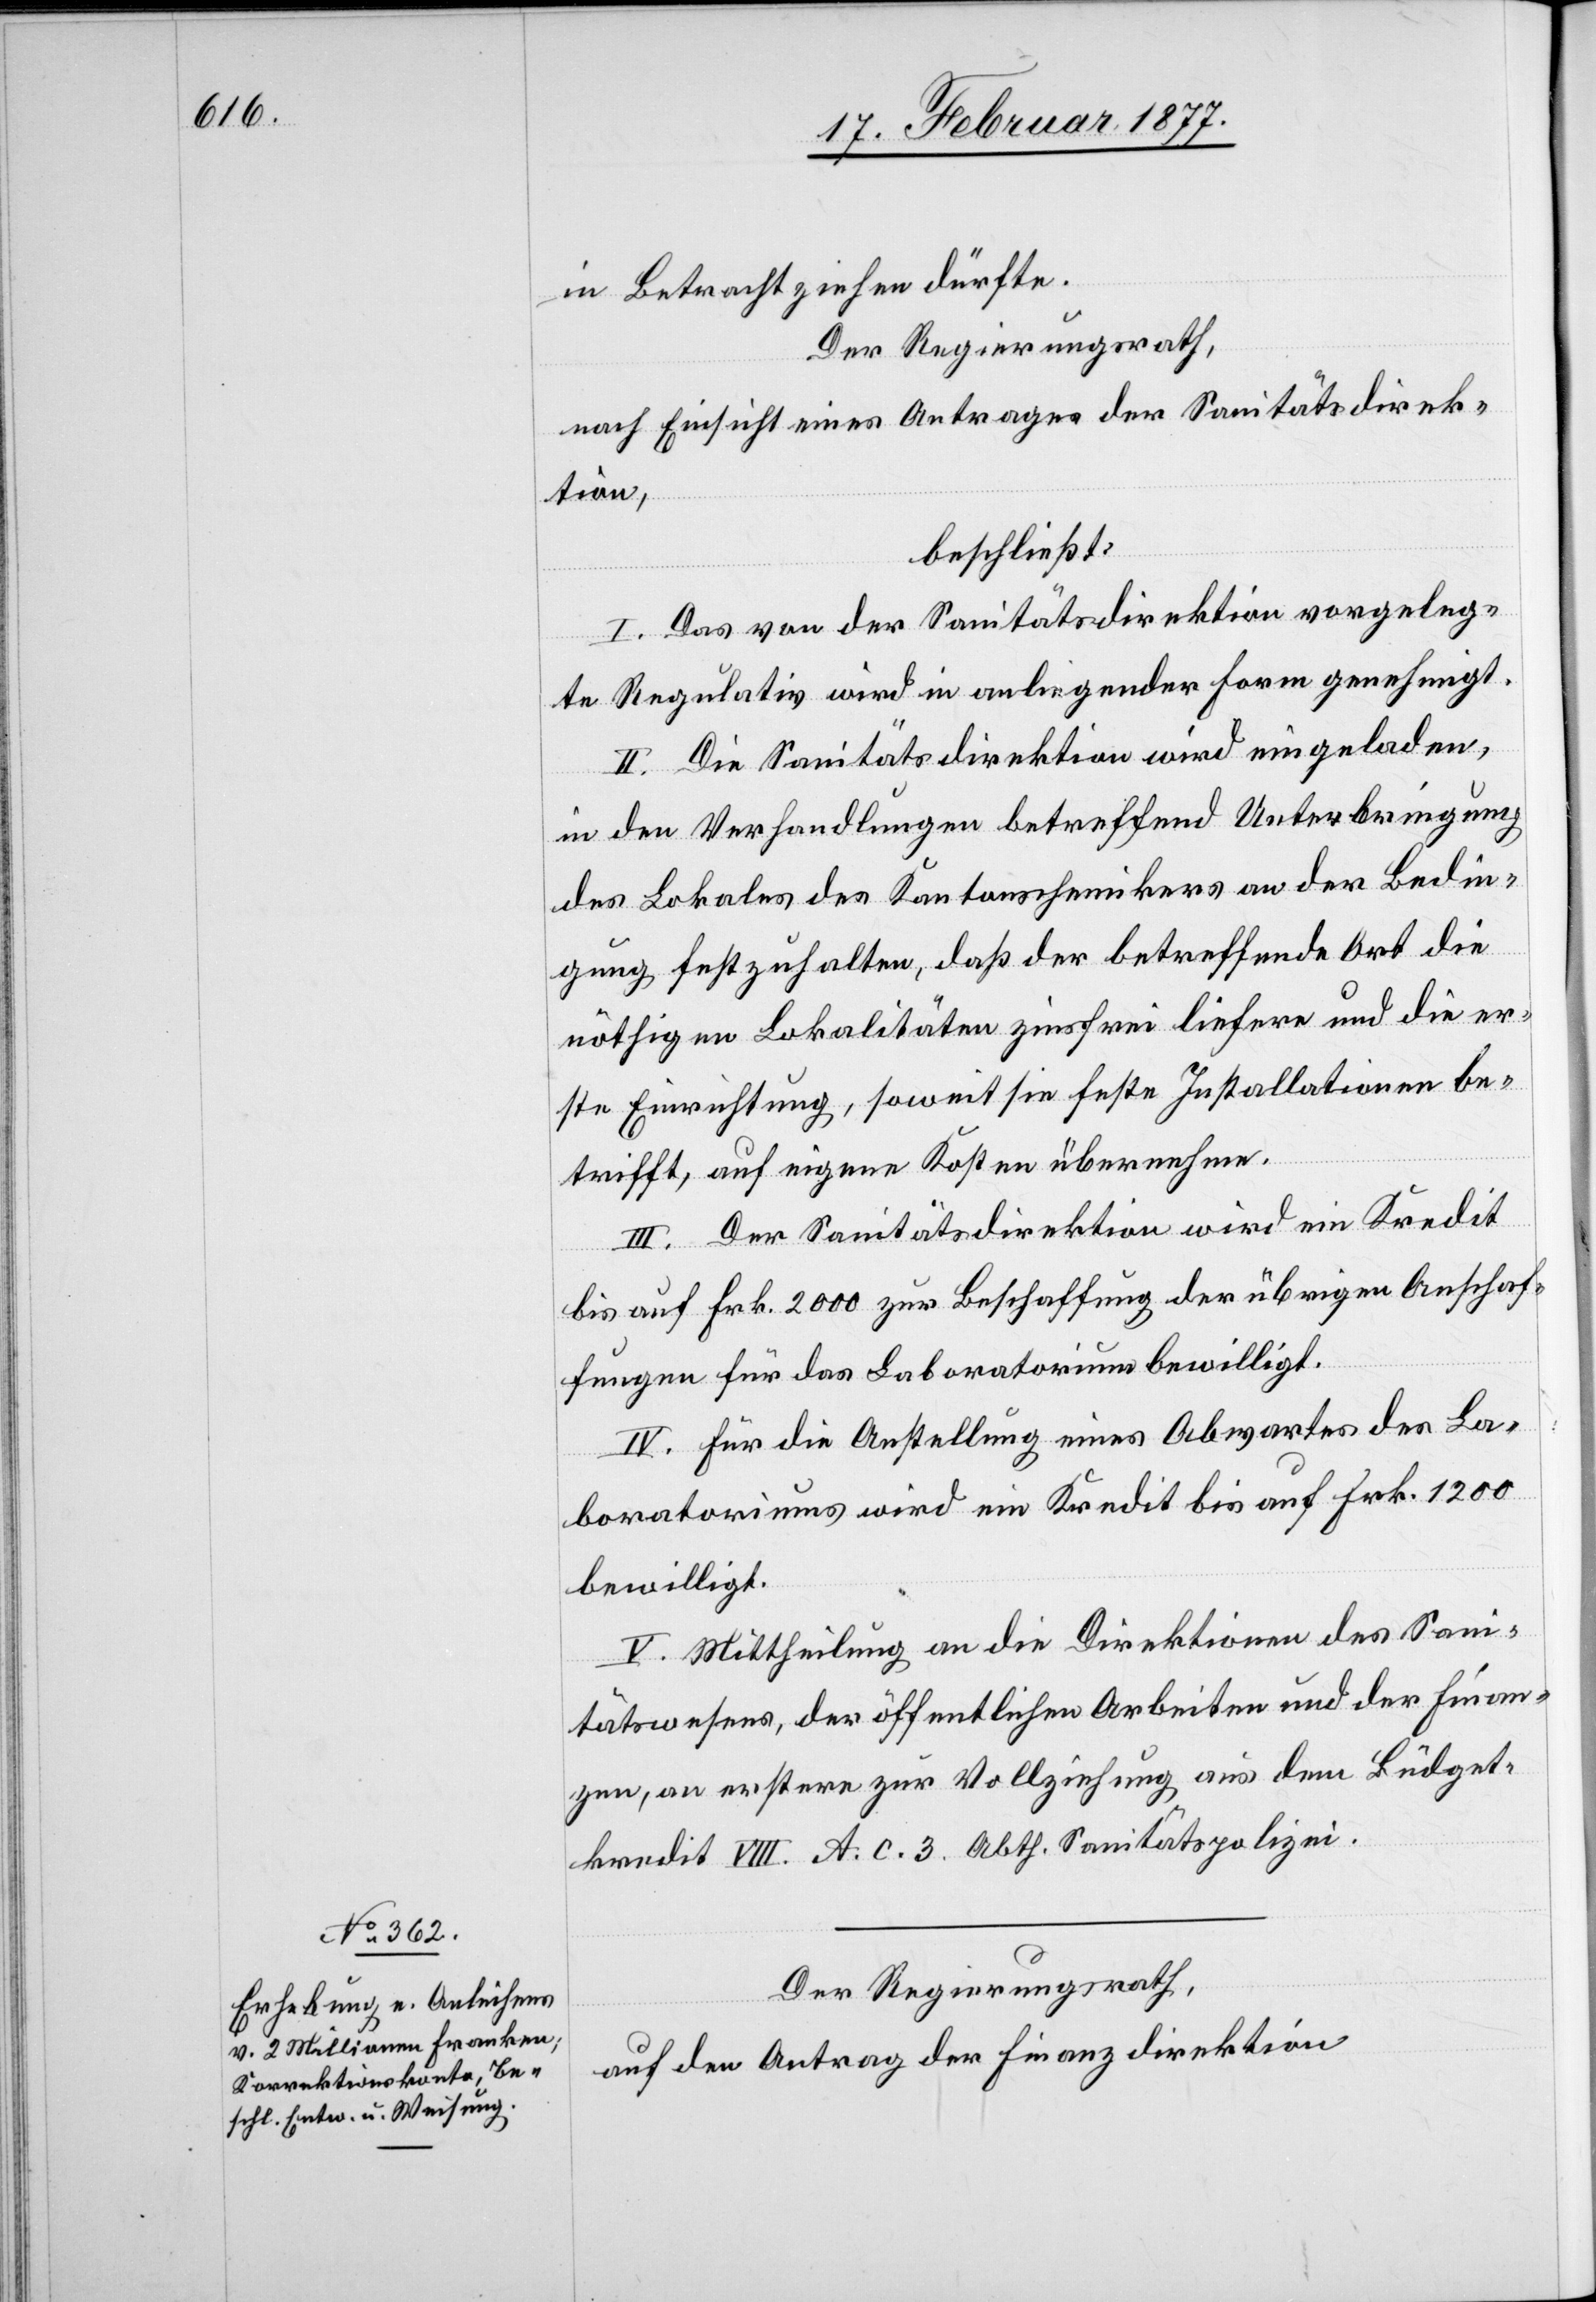
in Betracht ziehen dürfte.
Der Regierungsrath,
nach Einsicht eines Antrages der Sanitätsdirek¬
tion,
beschließt:
I. Das von der Sanitätsdirektion vorgeleg¬
te Regulativ wird in anliegender Form genehmigt.
II. Die Sanitätsdirektion wird eingeladen,
in den Verhandlungen betreffend Unterbringung
des Lokales des Kantonschemikers an der Bedin¬
gung festzugalten, daß der betreffende Ort die
nöthigen Lokalitäten zinsfrei liefere und die er¬
ste Einrichtung, soweit sie feste Installationen be¬
trifft, auf eigene Kosten übernehme.
III. Der Sanitätsdirektion wird ein Kredit
bis auf Frk. 2000 zur Beschaffung der übrigen Anschaf¬
fungen für das Laboratorium bewilligt.
IV. Für die Anstellung eines Abwartes des La¬
boratoriums wird ein Kredit bis auf Frk. 1200
bewilligt.
V. Mittheilung an die Direktionen des Sani¬
tätswesens, der öffentlichen Arbeiten und der Finan¬
zen, an erstere zur Vollziehung aus dem Büdget¬
kredit VIII. A. c. 3. Abth. Sanitätspolizei.
Der Regierungsrath,
auf den Antrag der Finanzdirektion,